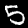
Digit: 5